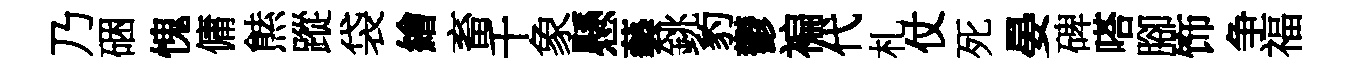
乃硱愧傭㷱蹤袋繪畜千象懸藝銚豹鬱褊代札仗死晏碑嗒腳饰争福